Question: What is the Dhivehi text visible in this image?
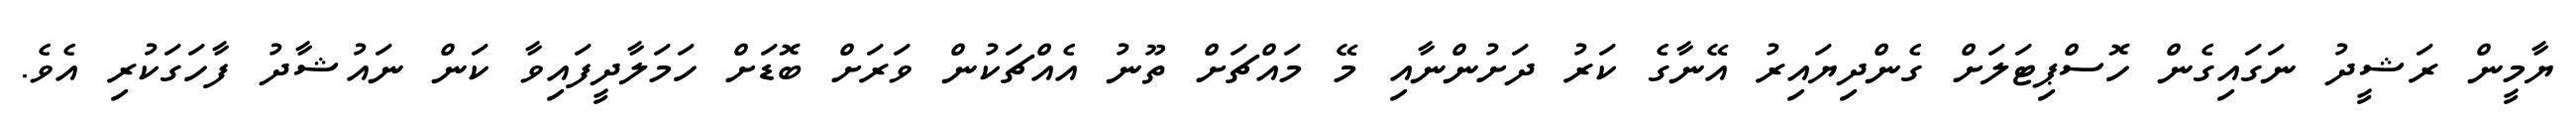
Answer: ޔާމީން ރަޝީދު ނަގައިގެން ހޮސްޕިޓަލަށް ގެންދިޔައިރު އޭނާގެ ކަރު ދަށުންނާއި މޭ މައްޗަށް ތޫނު އެއްޗަކުން ވަރަށް ބޮޑަށް ހަމަލާދީފައިވާ ކަން ނައުޝާދު ފާހަގަކުރި އެވެ.